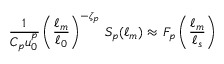
\frac { 1 } { C _ { p } u _ { 0 } ^ { p } } \left( \frac { \ell _ { m } } { \ell _ { 0 } } \right) ^ { - \zeta _ { p } } \, S _ { p } ( \ell _ { m } ) \approx \, F _ { p } \left( \frac { \ell _ { m } } { \ell _ { s } } \right)